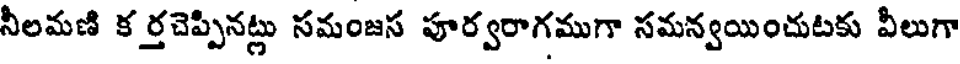
నీలమణి క ర్తచెప్పినట్లు సమంజస పూర్వరాగముగా సమన్వయించుటకు వీలుగా